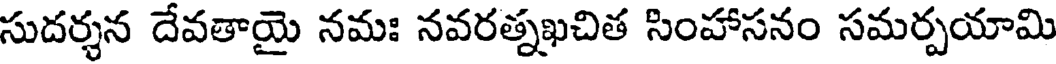
సుదర్శన దేవతాయై నమః నవరత్నఖచిత సింహాసనం సమర్పయామి